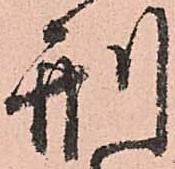
刑